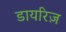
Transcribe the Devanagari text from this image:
डायरिज़